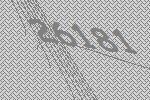
26181